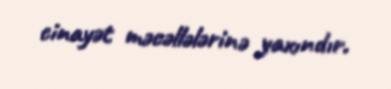
cinayət məcəllələrinə yaxındır.